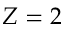
Z = 2